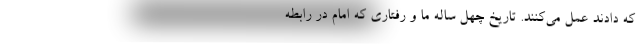
که دادند عمل می‌کنند. تاریخ چهل ساله ما و رفتاری که امام در رابطه